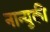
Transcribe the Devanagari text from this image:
नान्युकी